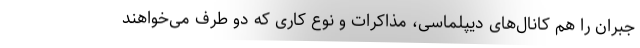
جبران را هم کانال‌های دیپلماسی، مذاکرات و نوع کاری که دو طرف می‌خواهند